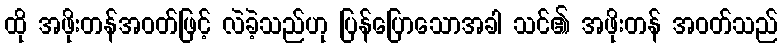
ထို အဖိုးတန်အဝတ်ဖြင့် လဲခဲ့သည်ဟု ပြန်ပြောသောအခါ သင်၏ အဖိုးတန် အဝတ်သည်